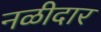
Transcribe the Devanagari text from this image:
नळीदार